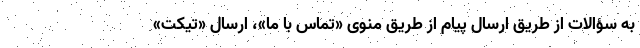
به سؤالات از طریق ارسال پیام از طریق منوی «تماس با ما»، ارسال «تیکت»